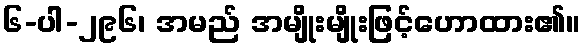
၆-ပါ-၂၉၆၊ အမည် အမျိုးမျိုးဖြင့်ဟောထား၏။